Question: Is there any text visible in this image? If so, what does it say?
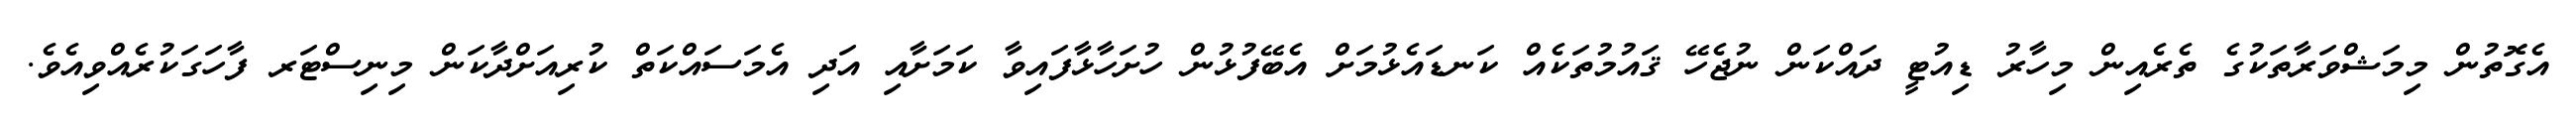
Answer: އެގޮތުން މިމަޝްވަރާތަކުގެ ތެރެއިން މިހާރު ޑިއުޓީ ދައްކަން ނުޖެހޭ ޤައުމުތަކެއް ކަނޑައެޅުމަށް އެބޭފުޅުން ހުށަހާޅާފައިވާ ކަމަށާއި އަދި އެމަސައްކަތް ކުރިއަށްދާކަން މިނިސްޓަރ ފާހަގަކުރެއްވިއެވެ.